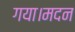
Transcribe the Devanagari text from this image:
गया।मदन